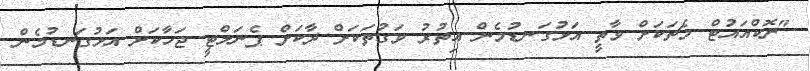
"ނޮކްއައުޓް މެޗަކަށް ވާތީ އަޅުގަނޑުމެން އިތުރު ވަގުތަކަށް ދާކަށް ޕެނަލްޓީ ޖަހާކަށް އަޅުގަނޑުމެން